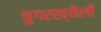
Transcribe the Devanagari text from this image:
चुगरख्यैली